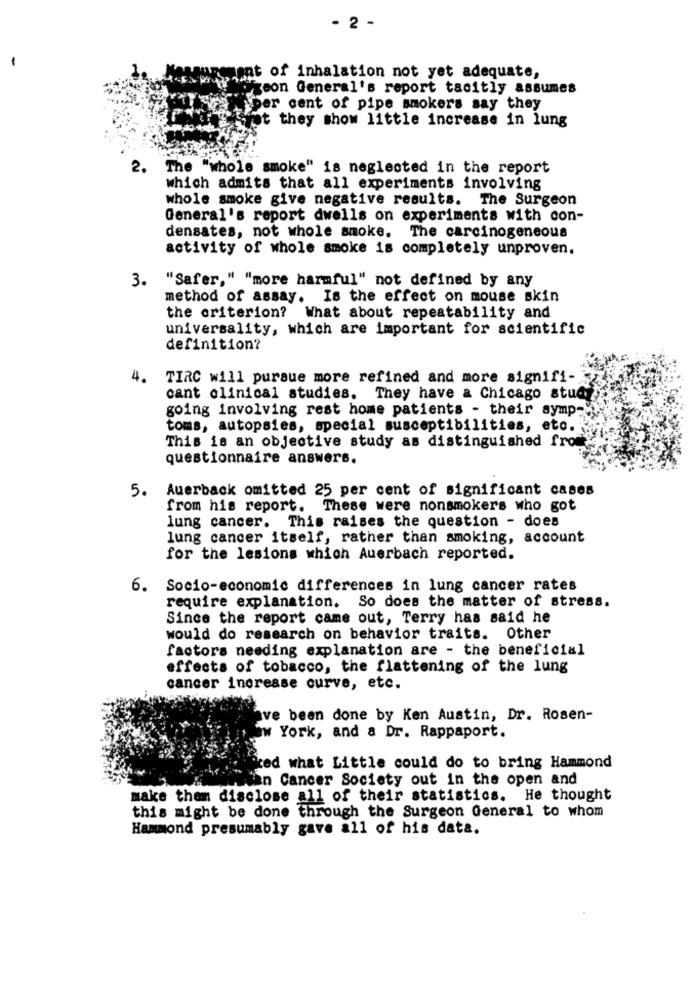
- 2 -
essungment of inhalation not yet adequate,
geon General's report tacitly assumes
per cent of pipe smokers say they
fot they show little increase in lung
2. The "whole smoke" is neglected in the report
which admits that all experiments involving
whole smoke give negative results. The Surgeon
General's report dwells on experiments with con-
densates, not whole smoke. The carcinogeneous
activity of whole smoke is completely unproven.
3.
"Safer," "more harmful" not defined by any
method of assay. Is the effect on mouse skin
the criterion? What about repeatability and
universality, which are important for scientific
definition?
4.
TIRC will pursue more refined and more signifi-
cant clinical studies. They have a Chicago study
going involving rest home patients - their symp-
toms, autopsies, special susceptibilities, etc.
This is an objective study as distinguished from
questionnaire answers.
5.
Auerback omitted 25 per cent of significant cases
from his report. These were nonsmokers who got
lung cancer. This raises the question - does
lung cancer itself, rather than smoking, account
for the lesions which Auerbach reported.
6.
Socio-economic differences in lung cancer rates
require explanation. So does the matter of stress.
Since the report came out, Terry has said he
would do research on behavior traits. Other
factors needing explanation are - the beneficial
effects of tobacco, the flattening of the lung
cancer increase curve, etc.
ve been done by Ken Austin, Dr. Rosen-
w York, and a Dr. Rappaport.
ked what Little could do to bring Hammond
jan Cancer Society out in the open and
make them disclose all of their statistics. He thought
this might be done through the Surgeon General to whom
Hammond presumably gave all of his data.